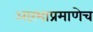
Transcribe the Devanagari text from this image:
आरंभाप्रमाणेच